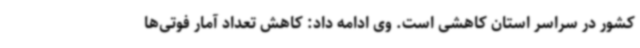
کشور در سراسر استان کاهشی است. وی ادامه‌ داد: کاهش تعداد آمار فوتی‌ها